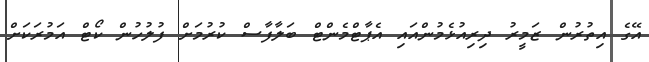
އޭގެ އިތުރުން ޒަމީރު ދިރިއުޅެމުންއައި އެޕާޓްމެންޓް ބަލާފާސް ކުރުމަށް ފުލުހުން ކޯޓް އަމުރަކަށް